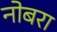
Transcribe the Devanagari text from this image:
नोबरा